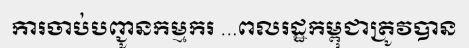
ការចាប់បញ្ជូនកម្មករ ...ពលរដ្ឋកម្ពុជាត្រូវបាន